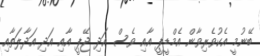
ބޭނުމީ އެކުވެރިވާން އެމްޑީޕީ އާއި ވެސް އަދި ޖޭޕީ އާއި އަދި އަދާލަތާއި